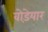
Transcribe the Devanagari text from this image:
वोड़ेयार